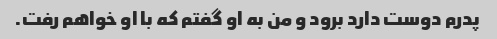
پدرم دوست دارد برود و من به او گفتم که با او خواهم رفت.